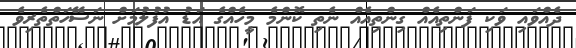
ދެއްވައި ވަކި ފަންތިއެއް ގިންތިއެއް ނެތި ކޮންމެ މީހެއްގެ އަޑު އުފުލުމަށް ނަސޭހަތްތެރިވެ